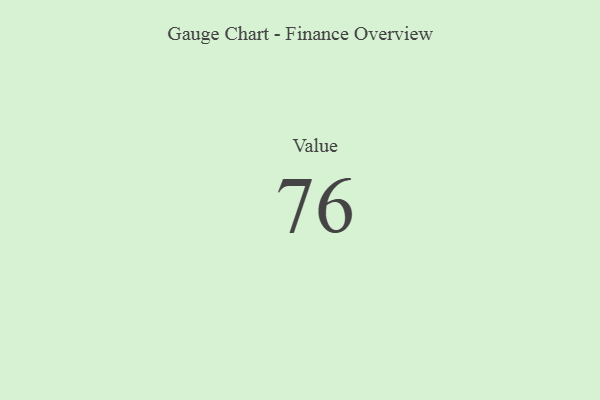
{"axis": {"x": "Metric", "y": "Value"}, "legend": [""], "data": [{"x": "Value", "y": 76, "type": ""}]}